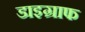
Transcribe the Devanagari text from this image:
डाइग्राफ